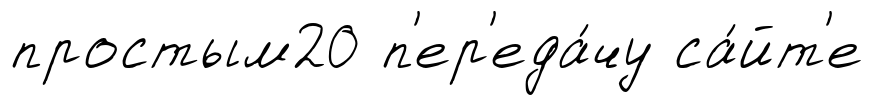
простым20 п'ер'еда́чу са́йт'е